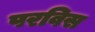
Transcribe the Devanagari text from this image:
परविस